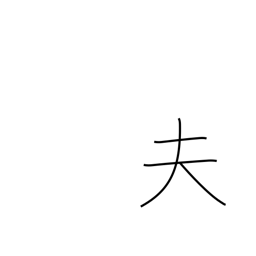
Meaning: husband